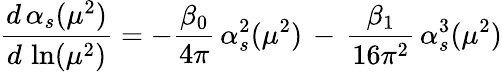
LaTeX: \frac{d\, \alpha_{s}(\mu^{2})}{d\, \ln(\mu^{2})}=-\frac{\beta_{0}}{4\pi}\, \alpha_{s}^{2}(\mu^{2})\, -\, \frac{\beta_{1}}{16\pi^{2}}\, \alpha_{s}^{3}(\mu^{2})